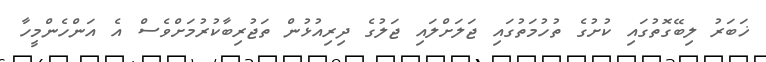
ޚަބަރު ލިބޭގޮތުގައި ކުށުގެ ތުހުމަތުގައި ޖަލަށްލައި ޖަލުގެ ދިރިއުޅުން ތަޖުރިބާކުރުމަށްވެސް އެ އަންހެންމީހާ